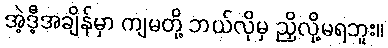
အဲ့ဒီ့အချိန်မှာ ကျမတို့ ဘယ်လိုမှ ညှိလို့မရဘူး။